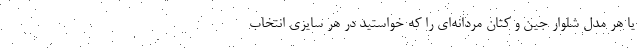
یا هر مدل شلوار جین و کتان مردانه‌ای را که خواستید در هر سایزی انتخاب